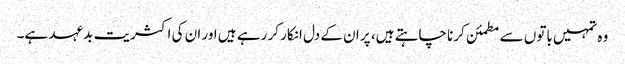
وہ تمہیں باتوں سے مطمئن کرنا چاہتے ہیں، پر ان کے دل انکار کر رہے ہیں اور ان کی اکثریت بدعہد ہے۔